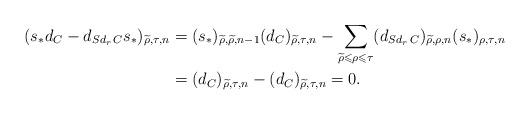
LaTeX: \begin{align*}(s_*d_C - d_{Sd_r\,C}s_*)_{\widetilde{\rho},\tau,n} &= (s_*)_{\widetilde{\rho},\widetilde{\rho},n-1}(d_C)_{\widetilde{\rho},\tau,n} - \sum_{\widetilde{\rho}\leqslant \rho \leqslant \tau}(d_{Sd_r\,C})_{\widetilde{\rho},\rho,n}(s_*)_{\rho,\tau,n} \\&= (d_C)_{\widetilde{\rho},\tau,n} - (d_C)_{\widetilde{\rho},\tau,n} = 0. \end{align*}